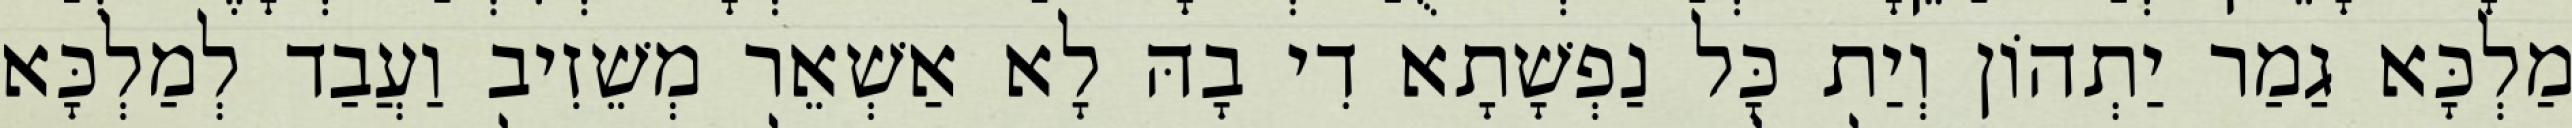
מַלְכָּא גַמַר יַתְהוֹן וְיַת כָּל נַפְשָׁתָא דִי בָהּ לָא אַשְׁאֵר מְשֵׁזִיב וַעֲבַד לְמַלְכָּא